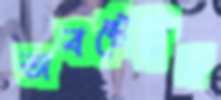
অবস্টেট্রিস